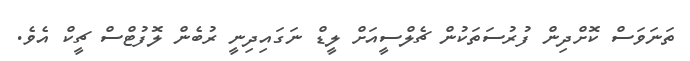
ތަނަވަސް ކޮށްދިން ފުރުސަތަކުން ޗެލްސީއަށް ލީޑް ނަގައިދިނީ ރުބެން ލޮފުޓްސް ޗީކް އެވެ.